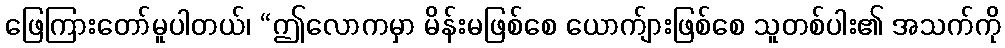
ဖြေကြားတော်မူပါတယ်၊ “ဤလောကမှာ မိန်းမဖြစ်စေ ယောက်ျားဖြစ်စေ သူတစ်ပါး၏ အသက်ကို